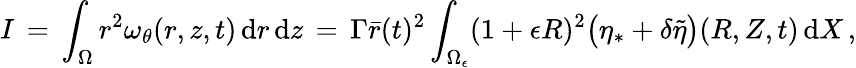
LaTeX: I\, =\, \int_{\Omega}r^{2}\omega_{\theta}(r,z,t)\, \mathrm{d}r\, \mathrm{d}z\, =\, \Gamma\bar{r}(t)^{2}\int_{\Omega_{\epsilon}}(1+\epsilon R)^{2}\bigl(\eta_{*}+\delta\tilde{\eta}\bigr)(R,Z,t)\, \mathrm{d}X\, ,